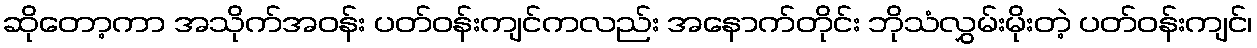
ဆိုတော့ကာ အသိုက်အဝန်း ပတ်ဝန်းကျင်ကလည်း အနောက်တိုင်း ဘိုသံလွှမ်းမိုးတဲ့ ပတ်ဝန်းကျင်၊